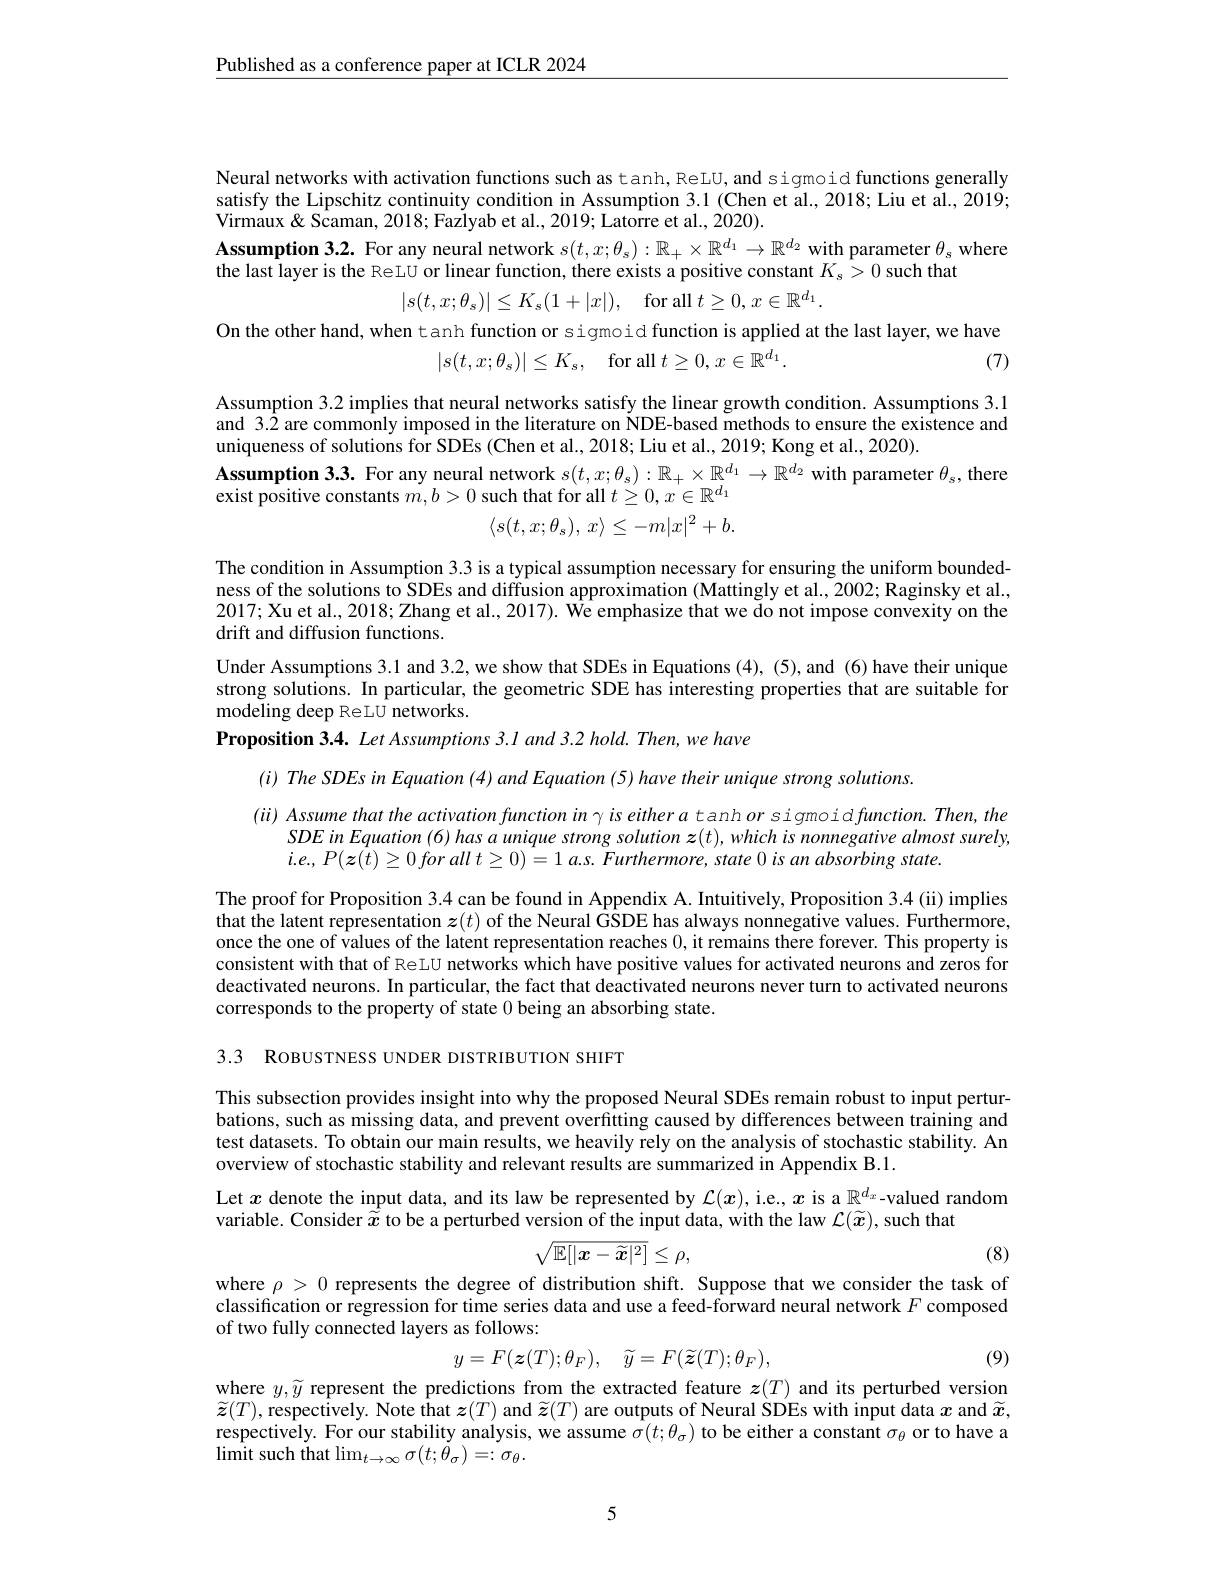
$\underline{\text{Published as a conference paper at ICLR 2024}}$

Neural networks with activation functions such as tanh, ReLU, and sigmoid functions generally

satisfy the Lipschitz continuity condition in Assumption 3.1 (Chen et al., 2018; Liu et al., 2019;

Virmaux& Scaman, 2018; Faziyab et al., 2019; Latorre et al., 2020).

Assumption 3.2. For any neural network $s(t,x;\theta_s):\mathbb{R}_+\times\mathbb{R}^{d_1}\to\mathbb{R}^{d_2}$ with parameter $\theta_s$ where

the last layer is the ReLU or linear function, there exists a positive constant $K_s>0$ such that
$$|s(t,x;\theta_s)|\leq K_s(1+|x|),\quad\text{for all}\:t\geq0,\:x\in\mathbb{R}^{d_1}$$
On the other hand, when tanh function or sigmoid function is applied at the last layer, we have
$$|s(t,x;\theta_s)|\leq K_s,\quad\text{for all}t\geq0,x\in\mathbb{R}^{d_1}.$$
(7)

Assumption 3.2 implies that neural networks satisfy the linear growth condition. Assumptions 3.1 and 3.2 are commonly imposed in the literature on NDE-based methods to ensure the existence and uniqueness of solutions for SDEs (Chen et al., 2018; Liu et al., 2019; Kong et al., 2020).
Assumption 3.3. For any neural network $s(t,x;\theta_s):\mathbb{R}_+\times\mathbb{R}^{d_1}\to\mathbb{R}^{d_2}$ with parameter $\theta_s$, there
$\bar{\text{exist positive constants }m,b>0}$ such that for all $t\geq0,x\in\mathbb{R}^d_1$
$$\langle s(t,x;\theta_s),\:x\rangle\leq-m|x|^2+b.$$
The condition in Assumption 3.3 is a typical assumption necessary for ensuring the uniform boundedness of the solutions to SDEs and diffusion approximation (Mattingly et al., 2002; Raginsky et al., 2017; Xu et al., 2018; Zhang et al., 2017). We emphasize that we do not impose convexity on the drift and diffusion functions.
Under Assumptions 3.1 and 3.2, we show that SDEs in Equations (4), (5), and (6) have their unique strong solutions. In particular, the geometric SDE has interesting properties that are suitable for modeling deep ReLU networks.
Proposition 3.4. Let Assumptions 3.1 and 3.2 hold. Then, we have

$( i) \textit{ The SDEs in Equation ( 4) and Equation ( 5) have their unique strong solutions. }$

$(ii)$ Assume that the activation function in γ is either a tanh or sigmoid function. Then, the
$SDE$ $in$ Equation (6) has $a$ unique strong solution $z( t) $, which $is$ nonnegative almost $surely$,
$i. e. $, $P( z( t) \geq 0$ for all $t\geq 0) = 1$ $a. s.$ $Furthermore$, state 0 $is$ $an$ absorbing $state.$
The proof for Proposition 3.4 can be found in Appendix A. Intuitively, Proposition 3.4 (ii) implies that the latent representation $z(t)$ of the Neural GSDE has always nonnegative values. Furthermore, once the one of values of the latent representation reaches 0, it remains there forever. This property is consistent with that of ReLU networks which have positive values for activated neurons and zeros for deactivated neurons. In particular, the fact that deactivated neurons never turn to activated neurons corresponds to the property of state 0 being an absorbing state.

3.3 ROBUSTNESS UNDER DISTRIBUTION SHIFT

This subsection provides insight into why the proposed Neural SDEs remain robust to input perturbations, such as missing data, and prevent overfitting caused by differences between training and test datasets. To obtain our main results, we heavily rely on the analysis of stochastic stability. An overview of stochastic stability and relevant results are summarized in Appendix B.1.

Let $x$ denote the input data, and its law be represented by $\mathcal{L}(x)$, i.e., $x$ is a $\mathbb{R}^{d_x}$-valued random
variable. Consider $\hat{\tilde{x}}$ to be a perturbed version of the input data, with the law $\mathcal{L}(\widetilde{x})$, such that
$$\sqrt{\mathbb{E}[|\boldsymbol{x}-\widetilde{\boldsymbol{x}}|^2]}\leq\rho,$$
(8)

where $\rho>0$ represents the degree of distribution shift. Suppose that we consider the task of classification or regression for time series data and use a feed-forward neural network $F$ composed of two fully connected layers as follows:

(9)
$$y=F(\boldsymbol{z}(T);\theta_{F}),\quad\widetilde{y}=F(\widetilde{\boldsymbol z}(T);\theta_{F}),$$
where $y,\widetilde{y}$ represent the predictions from the extracted feature $z(T)$ and its perturbed version $\widetilde{z}(T)$, respectively. Note that $\boldsymbol z(T)$ and $\widetilde{\boldsymbol{z}}(T)$ are outputs of Neural SDEs with input data $x$ and $\widetilde{x}$, respectively. For our stability analysis, we assume $\hat{\sigma}(t;\theta_\sigma)$ to be either a constant $\sigma_\theta$ or to have a $\operatorname*{limit}$ such that $\lim_t\to\infty\sigma(t;\dot{\theta}_\sigma)=:\sigma_\theta.$

5